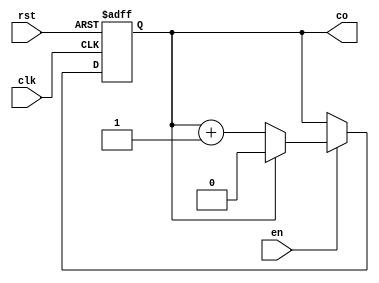
module FreqDiv #(
    parameter Bits = 1
)(
    input clk, rst, en,
    output co
);
    reg [Bits-1:0] q;

    always @(posedge clk or posedge rst) begin
        if (rst)
            q <= {Bits{1'b0}};
        else if (en) begin
            if (co)
                q <= {Bits{1'b0}};
            else
                q <= q + 1;
        end
    end

    assign co = &q;
endmodule